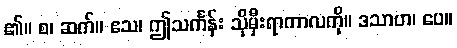
၏။ စ၊ ဆက်။ ဧသ၊ ဤသင်္ကန်း သိုမှီးရာကာလကို။ ဒသာဟ၊ ပေ။